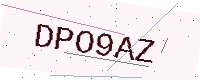
Text: DPO9AZ